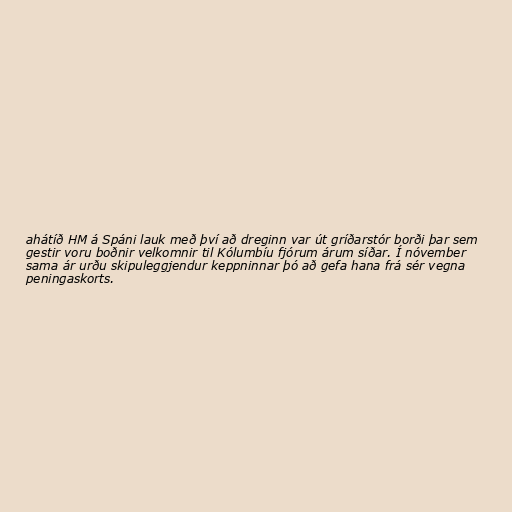
ahátíð HM á Spáni lauk með því að dreginn var út gríðarstór borði þar sem
gestir voru boðnir velkomnir til Kólumbíu fjórum árum síðar. Í nóvember
sama ár urðu skipuleggjendur keppninnar þó að gefa hana frá sér vegna
peningaskorts.